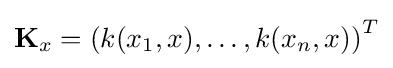
\mathbf {K} _{x}=\left(k(x_{1},x),\dots ,k(x_{n},x)\right)^{T}